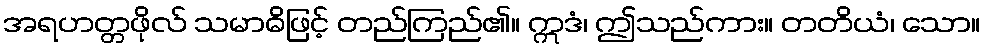
အရဟတ္တဖိုလ် သမာဓိဖြင့် တည်ကြည်၏။ ဣဒံ၊ ဤသည်ကား။ တတိယံ၊ သော။